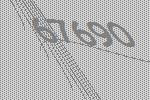
67690